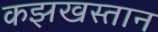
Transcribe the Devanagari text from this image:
कझखस्तान